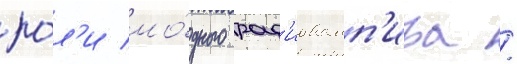
ро́л'и мо́дного рад'иовамп'ира /